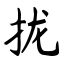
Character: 拢